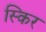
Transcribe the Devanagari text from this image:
स्किर